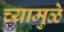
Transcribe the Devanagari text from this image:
च्यामुळे